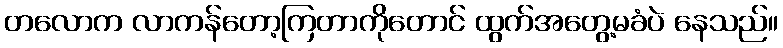
တလောက လာကန်တော့ကြတာကိုတောင် ထွက်အတွေ့မခံပဲ နေသည်။